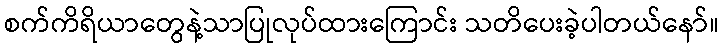
စက်ကိရိယာတွေနဲ့သာပြုလုပ်ထားကြောင်း သတိပေးခဲ့ပါတယ်နော်။